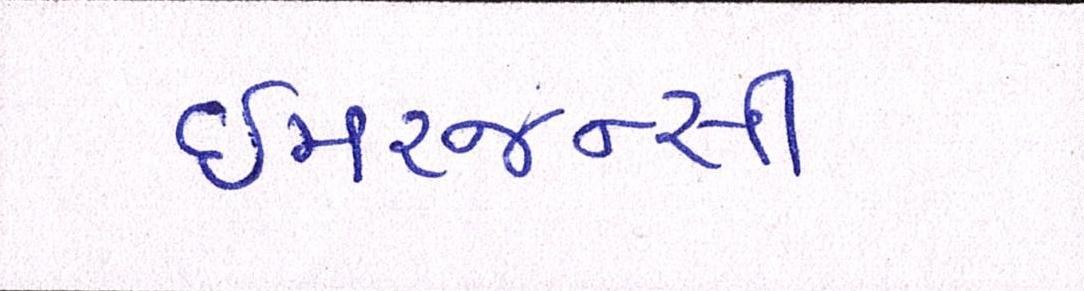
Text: ઇમરજન્સી